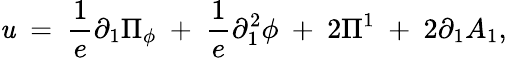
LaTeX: \mathit{u}~=~\frac{{1}}{{e}}\partial_{1}\Pi_{\phi}~+~\frac{{1}}{{e}}\partial_{1}^{2}\phi~+~2\Pi^{1}~+~2\partial_{1}A_{1},